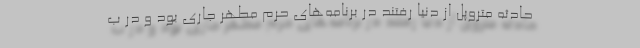
حادثه متروپل از دنیا رفتند در برنامه‌های حرم مطهر جاری بود و در ب